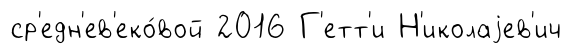
ср'едн'ев'еко́вой 2016 Г'етт'и Н'иколаjев'ич